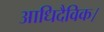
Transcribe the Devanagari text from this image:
आधिदैविक।